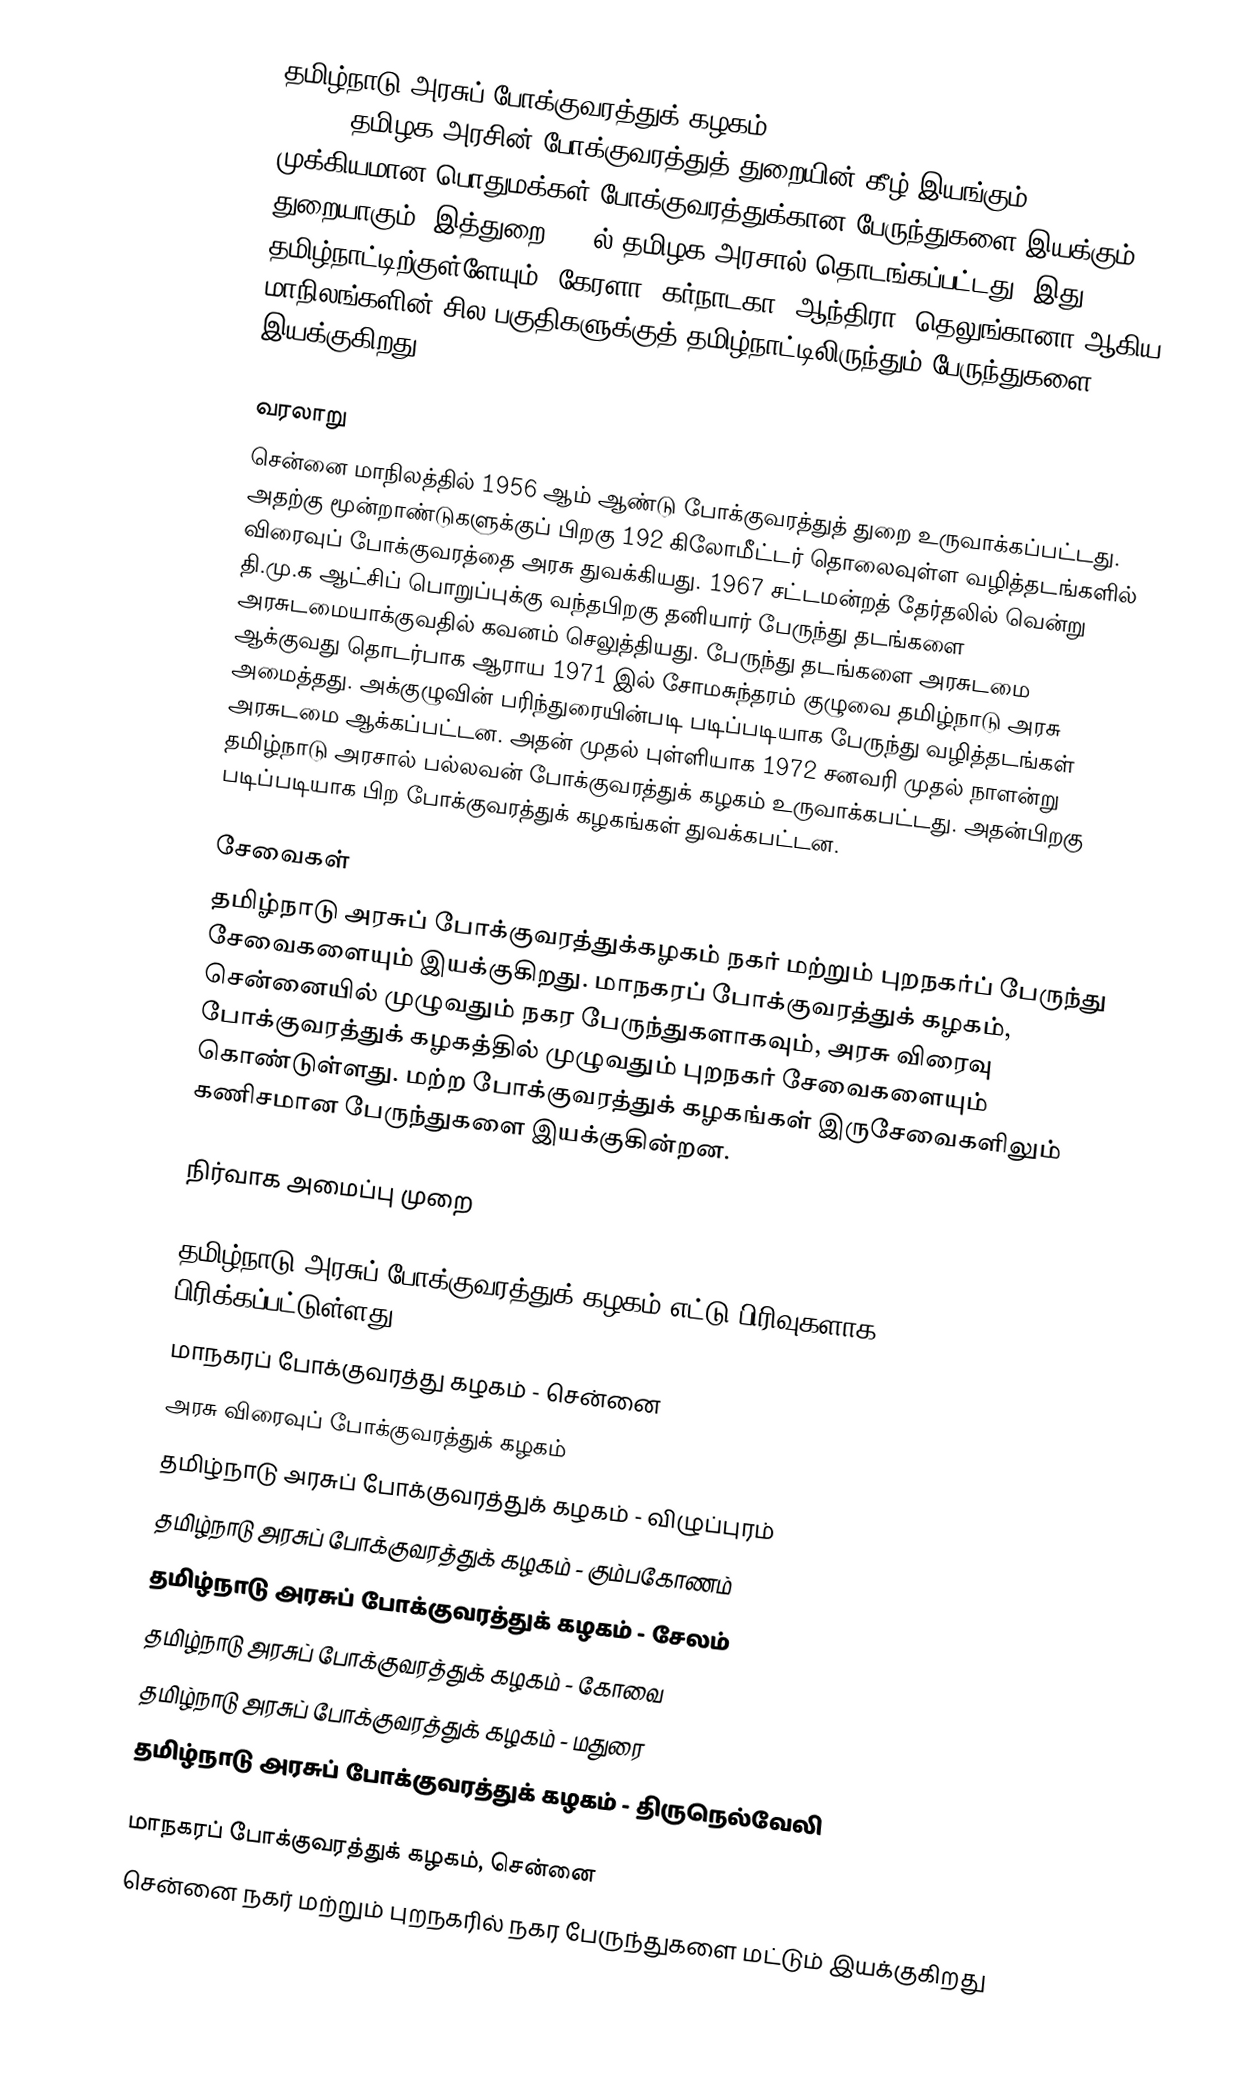
தமிழ்நாடு அரசுப் போக்குவரத்துக் கழகம் (Tamilnadu State Transport Corporation – TNSTC) தமிழக அரசின் போக்குவரத்துத் துறையின் கீழ் இயங்கும் முக்கியமான பொதுமக்கள் போக்குவரத்துக்கான பேருந்துகளை இயக்கும் துறையாகும். இத்துறை 1972ல் தமிழக அரசால் தொடங்கப்பட்டது. இது தமிழ்நாட்டிற்குள்ளேயும், கேரளா, கர்நாடகா, ஆந்திரா, தெலுங்கானா ஆகிய மாநிலங்களின் சில பகுதிகளுக்குத் தமிழ்நாட்டிலிருந்தும் பேருந்துகளை இயக்குகிறது.

வரலாறு
சென்னை மாநிலத்தில் 1956 ஆம் ஆண்டு போக்குவரத்துத் துறை உருவாக்கப்பட்டது. அதற்கு மூன்றாண்டுகளுக்குப் பிறகு 192 கிலோமீட்டர் தொலைவுள்ள வழித்தடங்களில் விரைவுப் போக்குவரத்தை அரசு துவக்கியது. 1967 சட்டமன்றத் தேர்தலில் வென்று தி.மு.க ஆட்சிப் பொறுப்புக்கு வந்தபிறகு தனியார் பேருந்து தடங்களை அரசுடமையாக்குவதில் கவனம் செலுத்தியது. பேருந்து தடங்களை அரசுடமை ஆக்குவது தொடர்பாக ஆராய 1971 இல் சோமசுந்தரம் குழுவை தமிழ்நாடு அரசு அமைத்தது. அக்குழுவின் பரிந்துரையின்படி படிப்படியாக பேருந்து வழித்தடங்கள் அரசுடமை ஆக்கப்பட்டன. அதன் முதல் புள்ளியாக 1972 சனவரி முதல் நாளன்று தமிழ்நாடு அரசால் பல்லவன் போக்குவரத்துக் கழகம் உருவாக்கபட்டது. அதன்பிறகு படிப்படியாக பிற போக்குவரத்துக் கழகங்கள் துவக்கபட்டன.

சேவைகள்
தமிழ்நாடு அரசுப் போக்குவரத்துக்கழகம் நகர் மற்றும் புறநகர்ப் பேருந்து சேவைகளையும் இயக்குகிறது. மாநகரப் போக்குவரத்துக் கழகம், சென்னையில் முழுவதும் நகர பேருந்துகளாகவும், அரசு விரைவு போக்குவரத்துக் கழகத்தில் முழுவதும் புறநகர் சேவைகளையும் கொண்டுள்ளது. மற்ற போக்குவரத்துக் கழகங்கள் இருசேவைகளிலும் கணிசமான பேருந்துகளை இயக்குகின்றன.

நிர்வாக அமைப்பு முறை

தமிழ்நாடு அரசுப் போக்குவரத்துக் கழகம் எட்டு பிரிவுகளாக பிரிக்கப்பட்டுள்ளது.
 மாநகரப் போக்குவரத்து கழகம் - சென்னை
 அரசு விரைவுப் போக்குவரத்துக் கழகம்
 தமிழ்நாடு அரசுப் போக்குவரத்துக் கழகம் - விழுப்புரம்
 தமிழ்நாடு அரசுப் போக்குவரத்துக் கழகம் - கும்பகோணம்
 தமிழ்நாடு அரசுப் போக்குவரத்துக் கழகம் - சேலம்
 தமிழ்நாடு அரசுப் போக்குவரத்துக் கழகம் - கோவை
 தமிழ்நாடு அரசுப் போக்குவரத்துக் கழகம் - மதுரை
 தமிழ்நாடு அரசுப் போக்குவரத்துக் கழகம் - திருநெல்வேலி

மாநகரப் போக்குவரத்துக் கழகம், சென்னை
சென்னை நகர் மற்றும் புறநகரில் நகர பேருந்துகளை மட்டும் இயக்குகிறது